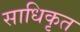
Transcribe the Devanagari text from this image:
साधिकृत